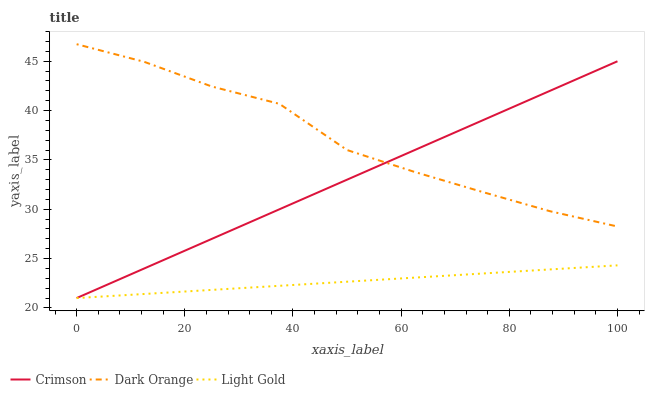
| xaxis_label | Crimson | Dark Orange | Light Gold |
 | --- | --- | --- | --- |
 | 0 | 21 | 46.7 | 21 |
 | 12.5 | 24 | 44.9 | 21.4 |
 | 25 | 27 | 42.4 | 21.8 |
 | 37.5 | 30 | 40.7 | 22.2 |
 | 50 | 33 | 36 | 22.7 |
 | 62.5 | 36 | 33.8 | 23.1 |
 | 75 | 39 | 31.8 | 23.5 |
 | 87.5 | 42 | 29.8 | 23.9 |
 | 100 | 45 | 28.3 | 24.3 |